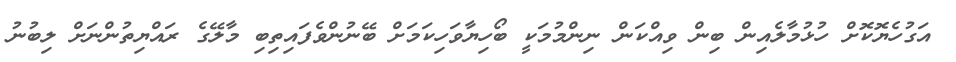
އަގުހެޔޮކޮށް ހުޅުމާލެއިން ބިން ވިއްކަން ނިންމުމަކީ ބޯހިޔާވަހިކަމަށް ބޭނުންވެފައިތިބި މާލޭގެ ރައްޔިތުންނަށް ލިބުނު